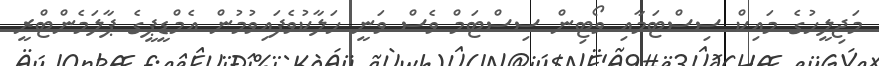
މަޖިލީހުގެ މައިކް ސިސްޓަމާއި ވޯޓިން ސިސްޓަމް ވެސް ވަނީ ހަލާކުވެފައިވުމުން އެމްޑީޕީގެ ޕާލަމެންޓްރީ